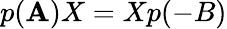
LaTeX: p(\mathbf{A})X=Xp(-B)